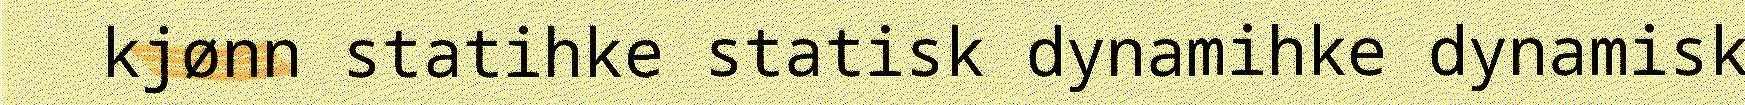
kjønn statihke statisk dynamihke dynamisk